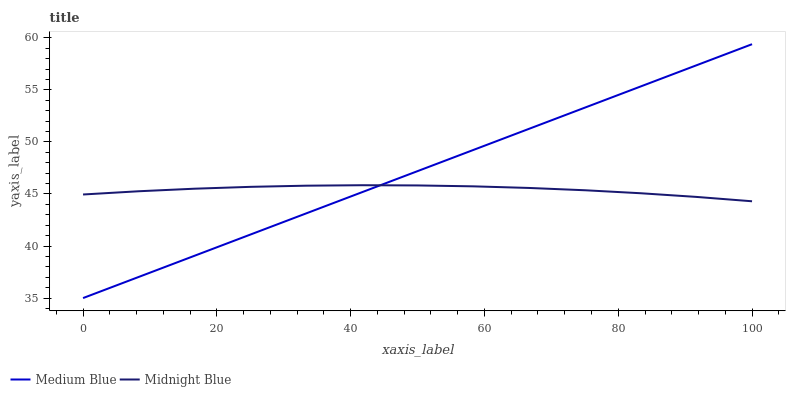
| xaxis_label | Medium Blue | Midnight Blue |
 | --- | --- | --- |
 | 0 | 35 | 45 |
 | 8.33 | 37 | 45.3 |
 | 16.7 | 39.1 | 45.5 |
 | 25 | 41.1 | 45.7 |
 | 33.3 | 43.1 | 45.8 |
 | 41.7 | 45.2 | 45.8 |
 | 50 | 47.2 | 45.8 |
 | 58.3 | 49.2 | 45.7 |
 | 66.7 | 51.3 | 45.6 |
 | 75 | 53.3 | 45.4 |
 | 83.3 | 55.3 | 45.1 |
 | 91.7 | 57.4 | 44.7 |
 | 100 | 59.4 | 44.3 |